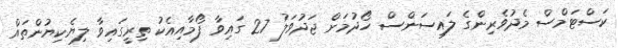
ކަސްޓަމްސް މެދުވެރިންގެ ލައިސަންސް ހޯދުމަށް ޖަދުވަލު 27 ގައިވާ ފޯމާއިއެކު ތިރީގައިވާ ލިޔެކިޔުންތައް